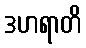
ဒဟရာတိ